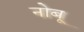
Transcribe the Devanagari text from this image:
नोबू